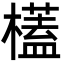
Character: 㯼